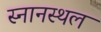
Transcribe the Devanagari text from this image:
स्नानस्थल